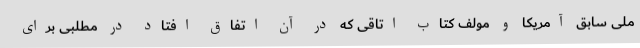
ملی سابق آمریکا و مولف کتاب اتاقی که در آن اتفاق افتاد در مطلبی برای